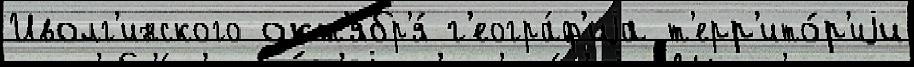
Иволг'инского окт'ябр'я́ г'еогра́ф'иjа т'ерр'ито́р'иjи